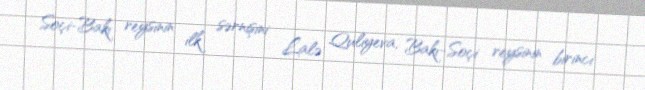
Soçi-Bakı reysinin ilk sərnişini Lalə Quliyeva, Bakı-Soçi reysinin birinci